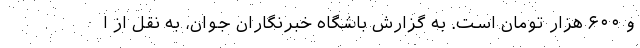
و ۶۰۰ هزار تومان است. به گزارش باشگاه خبرنگاران جوان، به نقل از ا